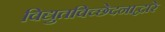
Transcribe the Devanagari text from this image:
विद्युतविच्छेदनाद्वारे